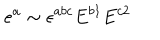
e ^ { a } \sim \epsilon ^ { a b c } E ^ { b 1 } E ^ { c 2 }